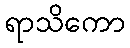
ရာသိကော